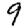
Digit: 9